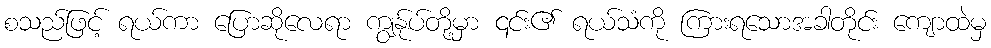
စသည်ဖြင့် ရယ်ကာ ပြောဆိုလေရာ ကျွန်ုပ်တို့မှာ ၎င်း၏ ရယ်သံကို ကြားရသောအခါတိုင်း ကျောထဲမှ